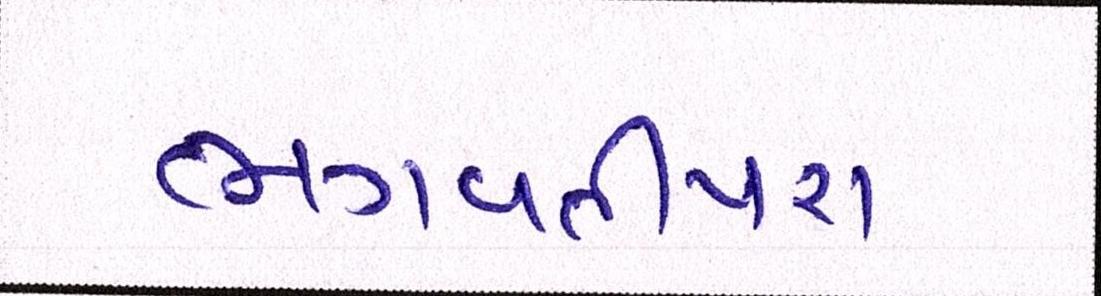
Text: ભગવતીપરા